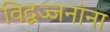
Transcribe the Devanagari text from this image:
विद्वज्जनांना